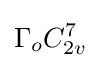
\Gamma _{o}C_{2v}^{7}